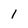
Character: l